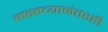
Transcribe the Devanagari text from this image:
वास्तव्यानंतरही